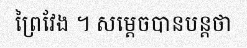
ព្រៃវែង ។ សម្តេចបានបន្តថា